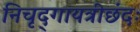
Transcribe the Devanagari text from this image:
निचृद्‌गायत्रीछंदः